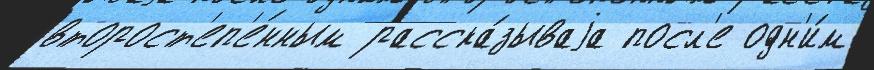
второст'еп'е́нным расска́зываjа посл'е одн'и́м